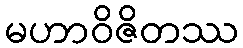
မဟာဝိဇိတဿ